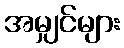
အမျှင်များ